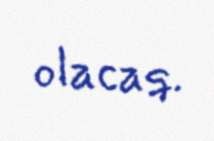
olacaq.